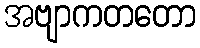
အဗျာကတတော